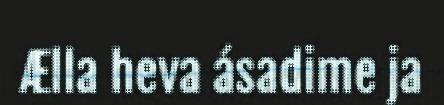
Ælla heva ásadime ja